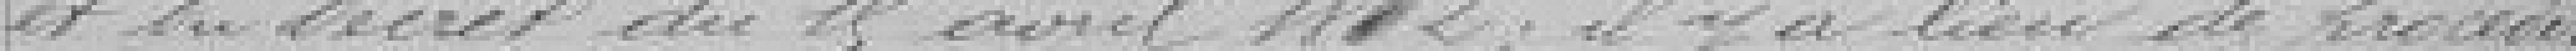
et du décret du 15 avril 1882, il y a lieu de procéder